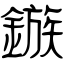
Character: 鏃